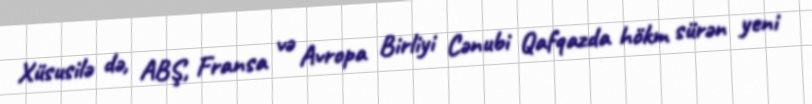
Xüsusilə də, ABŞ, Fransa və Avropa Birliyi Cənubi Qafqazda hökm sürən yeni